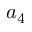
a _ { 4 }